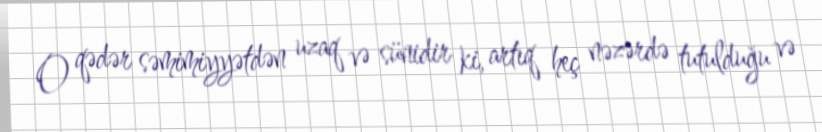
O qədər səmimiyyətdən uzaq və sünidir ki, artıq heç nəzərdə tutulduğu və